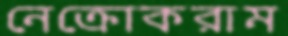
নেক্রোকরাম